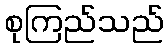
စုကြည်သည်